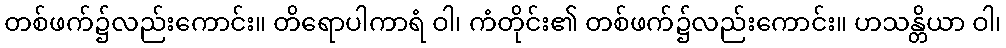
တစ်ဖက်၌လည်းကောင်း။ တိရောပါကာရံ ဝါ၊ ကံတိုင်း၏ တစ်ဖက်၌လည်းကောင်း။ ဟသန္တိယာ ဝါ၊